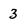
Character: 3